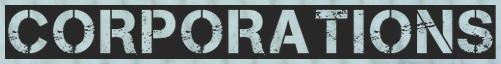
CORPORATIONS